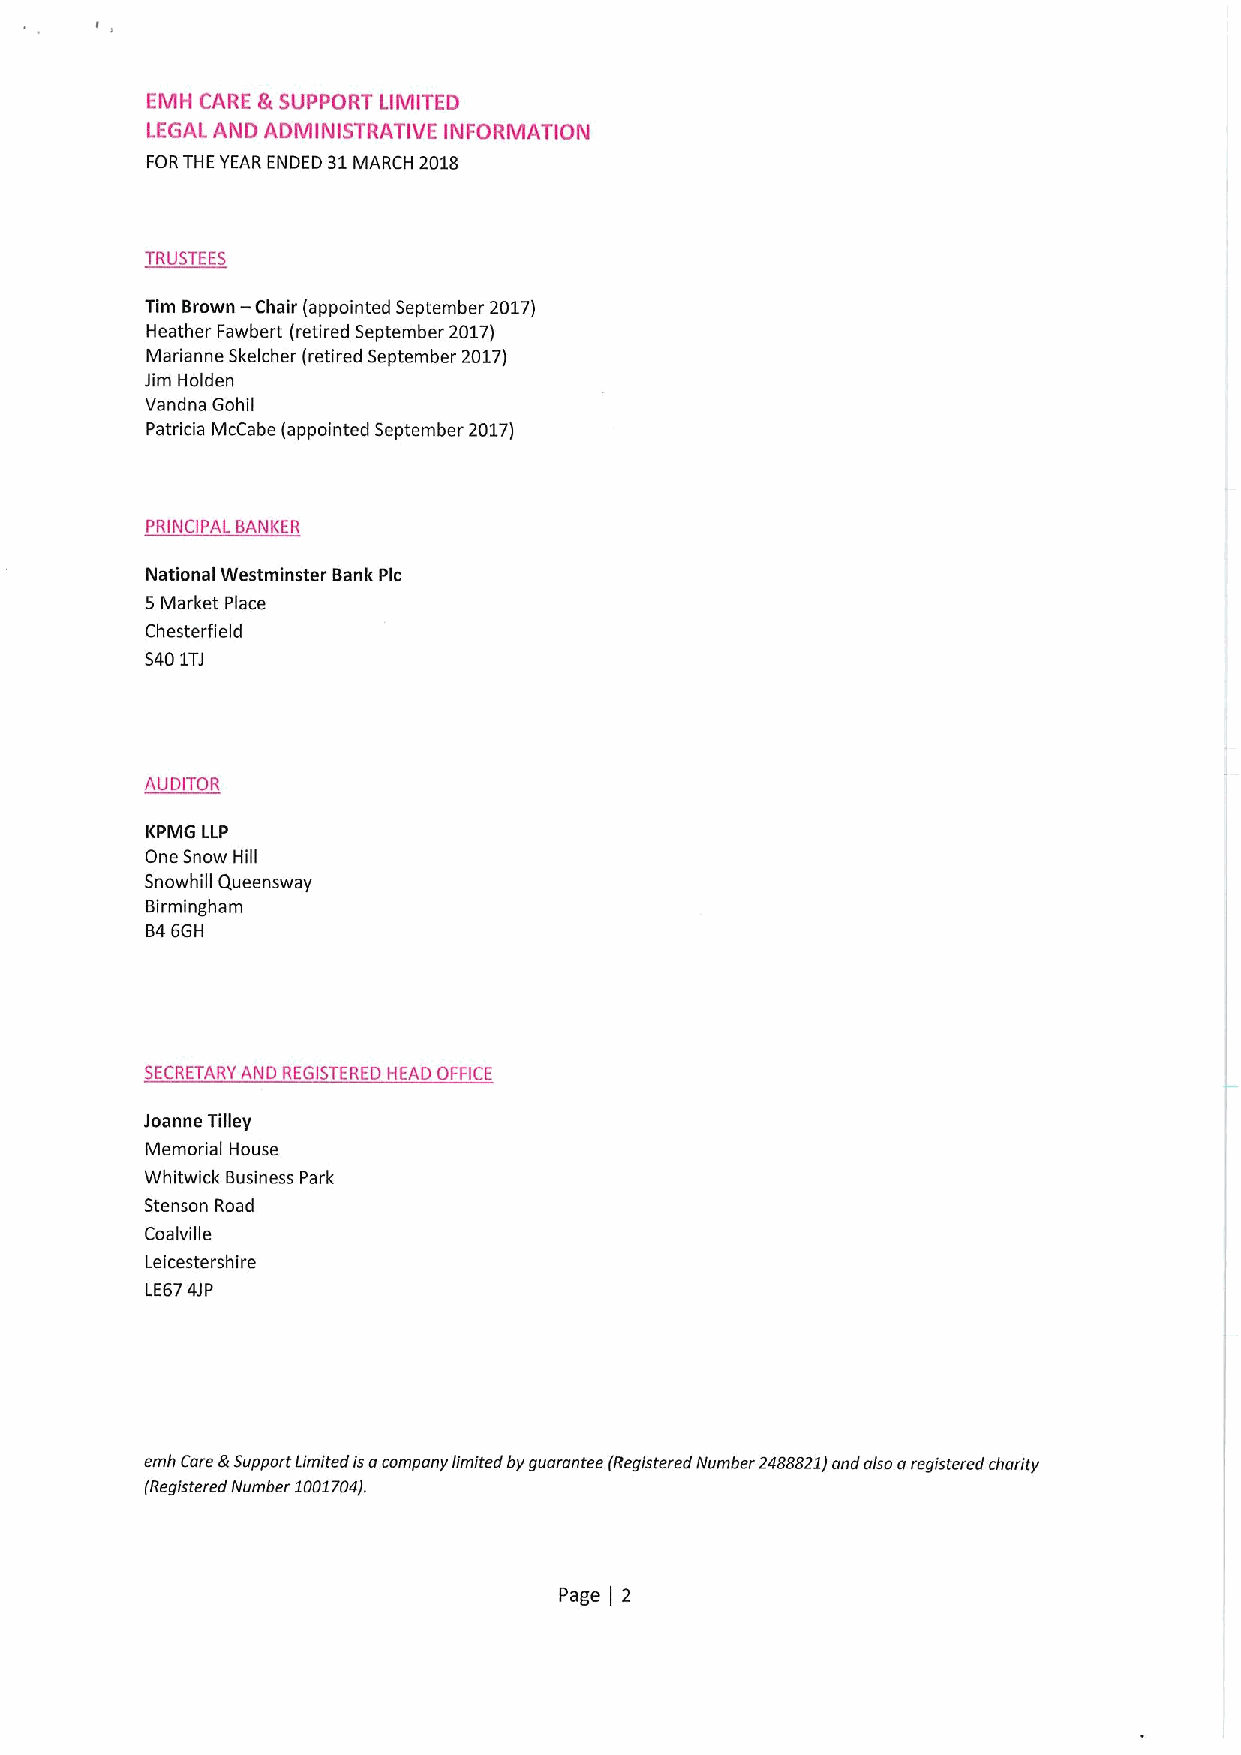
EMFI CARE &SUPPORT LIMITED
 LEGAL AND ADMINISTRATIVE INFORMATION
 FORTHE YEAR ENDED 31MARCH 2018
 TRUSTEES
 —
 Tim Brown Chair (appointed September 2017)
 Heather Fawbert (retired September 2017)
 Marianne Skelcher (retired September 2017)
 Jim Holden
 Vandna Gohil
 Patricia McCabe (appointed September 2017)
 PRINCIPAL BANKER
 National Westminster Bank Pic
 5Market Place
 Chesterfield
 S401TJ
 AUDITOR
 KPMG LLP
 One Snow Hill
 Snowhill Queensway
 Birmingham
 846GH
 SECRETARY AND REGISTERED HEAD OFFICE
 Joanne Tilley
 Memorial House
 Whitwick Business Park
 Stenson Road
 Coalville
 Leicestershire
 LE674JP
 emh Care &Support Limited isacompany limited by guarantee (Registered Number 2488821Iand also aregistered charity
 (Registered Number 1001704).
 Page 2
 )